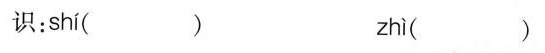
识： shí( ) zhì( )